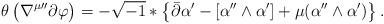
LaTeX: \begin{align*} \theta \left({\nabla^{ \mu}}^{\prime \prime} \partial \varphi \right) & = - \sqrt{-1} * \left\{ \bar \partial \alpha^{\prime} - [\alpha^{\prime \prime} \wedge \alpha^{\prime}] + \mu (\alpha^{\prime \prime} \wedge \alpha^{\prime})\right\}. \end{align*}